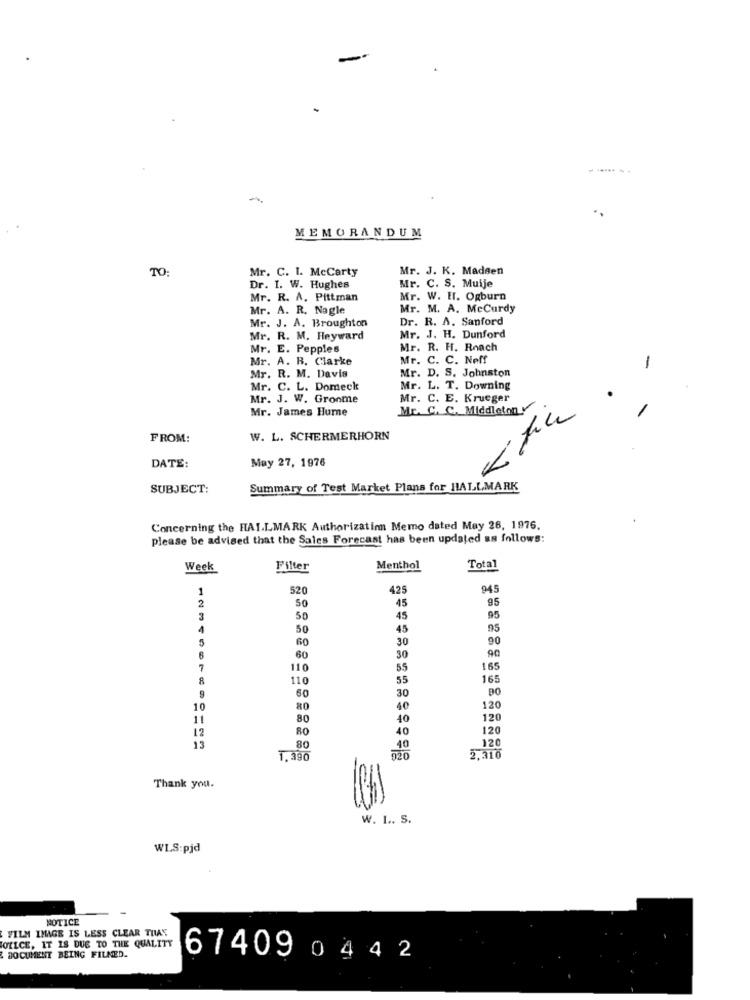
-
MEMORANDUM
TO
Mr. C. I. McCarty
Mr. J. K. Madsen
Dr. I. W. Hughes
Mr. C. S. Muije
Mr. R. A. Pittman
Mr. W. E. Ogburn
Mr. A. R. Nagle
Mr. M. A. MeCurdy
Mr. J. A. Broughton
Dr. R. A. Sanford
Mr. R. M. Heyward
Mr. J. H. Dunford
Mr. E. Pepples
Mr. R. H. Roach
Mr. A. B. Clarke
Mr. C. C. Neff
1
Mr. D. S. Johnston
Mr. R. M. Davis
Mr. C. L. Domeck
Mr. L. T. Downing
Mr. J. W. Gronme
Mr. C. E. Krueger
Mr. James Hume
Mr. C. C. Middleton
-
FROM:
W. L. SCHERMERHORN
May 27, 1976
DATE:
SUBJECT:
Summary of Test Market Plans for HALLMARK
Concerning the HALLMARK Authorization Memo dated May 26, 1976.
please be advised that the Sales Forecast has been updated as follows:
Week
Filter
Menthol
Total
1
520
425
945
2
50
45
95
3
50
45
95
4
50
45
95
5
60
30
90
6
60
30
90
7
110
55
165
110
55
165
9
30
DO
60
10
80
40
120
11
80
40
120
12
80
40
120
120
13
80
1.390
2.316
Thank you.
W. I .. S.
WLS:pjd
NOTICE
FILM IMAGE IS LESS CLEAR THAT
JOELCE, IT IS DUE TO THE QUALITY
DOCUMENT BEING FILNED.
67409 0442